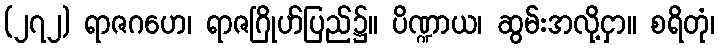
(၂၇၂) ရာဇဂဟေ၊ ရာဇဂြိုဟ်ပြည်၌။ ပိဏ္ဍာယ၊ ဆွမ်းအလို့ငှာ။ စရိတုံ၊